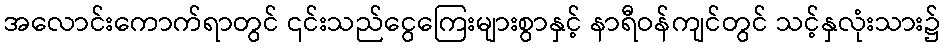
အလောင်းကောက်ရာတွင် ၎င်းသည်ငွေကြေးများစွာနှင့် နာရီဝန်ကျင်တွင် သင့်နှလုံးသား၌